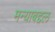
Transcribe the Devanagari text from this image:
मन्याबद्दल